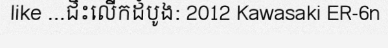
like ...ជិះលើកដំបូង: 2012 Kawasaki ER-6n